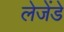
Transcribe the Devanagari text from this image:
लेजेंडे